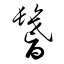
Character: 鬐